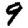
Digit: 9